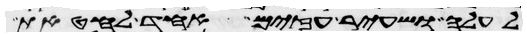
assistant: לעלה ושעיר עזים אחד לחטאת